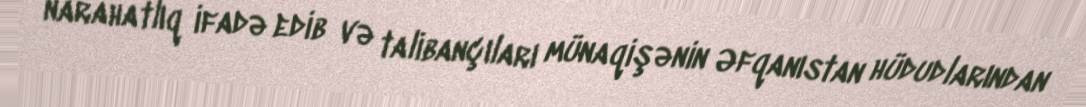
narahatlıq ifadə edib və talibançıları münaqişənin Əfqanıstan hüdudlarından